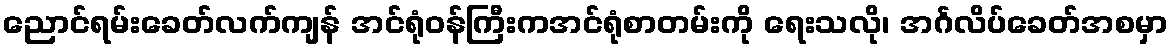
ညောင်ရမ်းခေတ်လက်ကျန် အင်ရုံဝန်ကြီးကအင်ရုံစာတမ်းကို ရေးသလို၊ အင်္ဂလိပ်ခေတ်အစမှာ